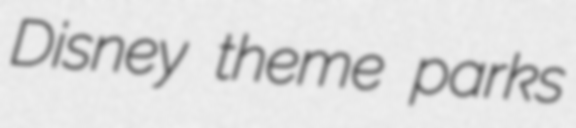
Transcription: Disney theme parks